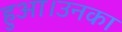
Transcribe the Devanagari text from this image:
हुआ।उनका